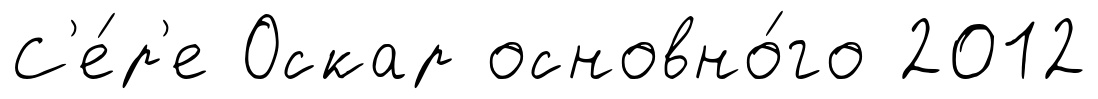
С'е́р'е Оскар основно́го 2012